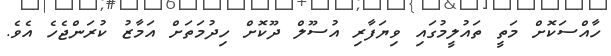
ހާއްސަކޮށް މަތީ ތައުލީމުގައި ވިޔަފާރި އުސޫލް ދޫކޮށް ހިދުމަތަށް އަމާޒު ކުރަންޖެހެ އެވެ.